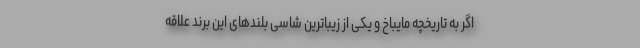
اگر به تاریخچه مایباخ و یکی از زیباترین شاسی بلندهای این برند علاقه